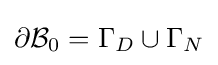
\partial {\mathcal {B}}_{0}=\Gamma _{D}\cup \Gamma _{N}